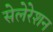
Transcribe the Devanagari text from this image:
सेलेरेशन